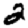
Digit: 2